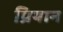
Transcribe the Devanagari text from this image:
प्रियान